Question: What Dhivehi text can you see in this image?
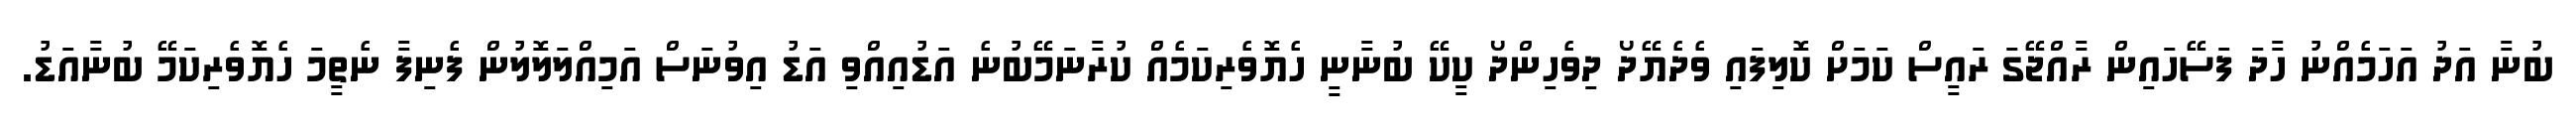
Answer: ބުނާ އަދު އަހަމެއްނު ހާދަ ފަސޭހައިން ރާއްޖޭގަ ރައީސް ކަމަށް ކޮލިފައި ވެދެޔޭދޯ ދިވެހިންދޯ ކީކޭ ބުނާނީ ހެޔޮވެރިކަމެއް ކުރާނަމޭބުނެ އަޑުއިއްވި އަޑު އިވުނަސް އަމިއްލަލޮލުން ފެނިފާ ނެތީމަ ހެޔޮވެރިކަމޭ ބުނާއަޑު.